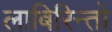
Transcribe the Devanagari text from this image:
लाबिरिन्तो